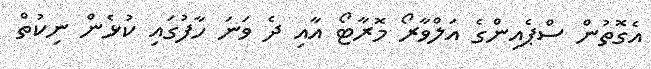
އެގޮތުން ސްޕެއިންގެ އަލްވާރޯ މޮރާޓޯ އާއި ދެ ވަނަ ހާފުގައި ކުޅެން ނިކުތް